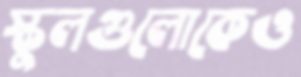
স্কুলগুলোকেও